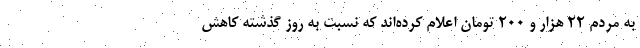
به مردم ۲۲ هزار و ۲۰۰ تومان اعلام کرده‌اند که نسبت به روز گذشته کاهش